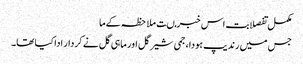
مکمل تفصلابت اس خبر مںت ملاحظہ کےما
جس میں رندیپ ہودا، جمی شیرگل اور ماہی گل نے کردار ادا کیا تھا۔